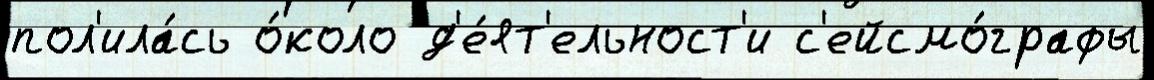
пол'ила́сь о́коло д'е́ят'ельност'и с'ейсмо́графы